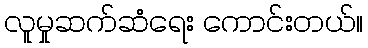
လူမှုဆက်ဆံရေး ကောင်းတယ်။